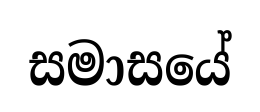
සමාසයේ